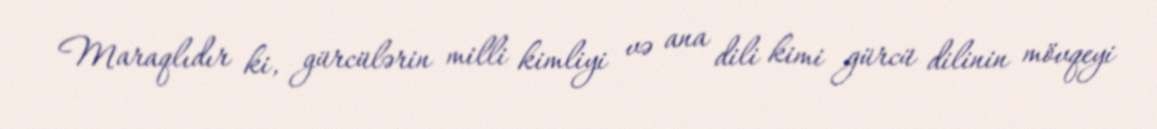
Maraqlıdır ki, gürcülərin milli kimliyi və ana dili kimi gürcü dilinin mövqeyi